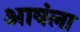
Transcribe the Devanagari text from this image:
आवंला